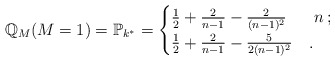
\begin{align*}\mathbb{Q}_{M}(M=1)=\mathbb{P}_{k^{*}}=\begin{cases}\frac{1}{2}+\frac{2}{n-1}-\frac{2}{(n-1)^2}& \,\, n \,;\\\frac{1}{2}+\frac{2}{n-1}-\frac{5}{2(n-1)^2}& .\end{cases}\end{align*}